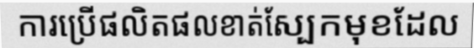
ការប្រើផលិតផលខាត់ស្បែកមុខដែល